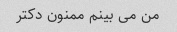
من می بینم ممنون دکتر